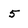
Character: 5